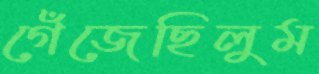
গেঁজেছিলুম